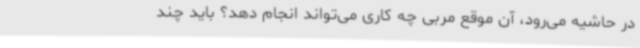
در حاشیه می‌رود، آن موقع مربی چه کاری می‌تواند انجام دهد؟ باید چند